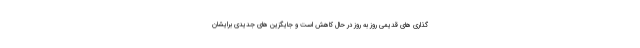
گذاری های قدیمی روز به روز در حال کاهش است و جایگزین های جدیدی برایشان